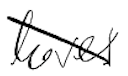
Text: level
Cross-out: diagonal
Writing tool: digital_black